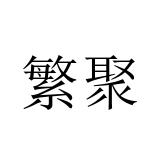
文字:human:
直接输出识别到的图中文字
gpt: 繁聚